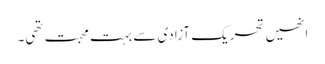
انھیں تحریک آزادی سے بہت محبت تھی۔